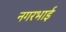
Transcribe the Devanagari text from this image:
नगरभाई